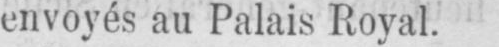
envoyés au Palais Royal.